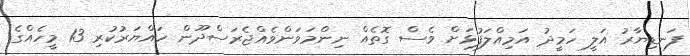
ފަނޑިޔާރު އަލީ ހަމީދު އަމިއްލަފުޅަށް ވެސް ގޮތެއް ނިންމަވަންވެއްޖެރަސްދޫން ހައްޔަރުކުރި 13 މީހެއްގެ